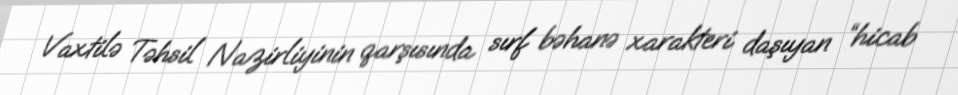
Vaxtilə Təhsil Nazirliyinin qarşısında sırf bəhanə xarakteri daşıyan “hicab